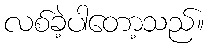
လစ်ခဲ့ပါတော့သည်။